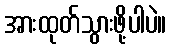
အားထုတ်သွားဖို့ပါပဲ။